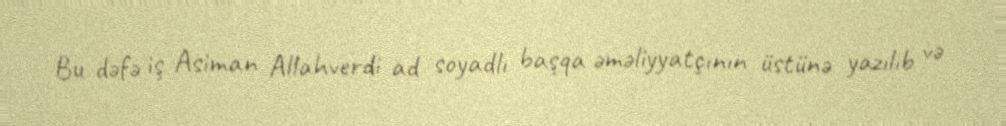
Bu dəfə iş Asiman Allahverdi ad soyadlı başqa əməliyyatçının üstünə yazılıb və